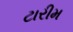
ટારીમ